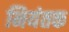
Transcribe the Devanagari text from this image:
नियंतक